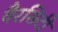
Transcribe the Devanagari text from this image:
वैरसिटी